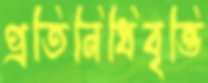
প্রতিনিধিবৃত্তি